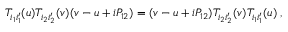
T _ { i _ { 1 } i _ { 1 } ^ { \prime } } ( u ) T _ { i _ { 2 } i _ { 2 } ^ { \prime } } ( v ) ( v - u + i P _ { 1 2 } ) = ( v - u + i P _ { 1 2 } ) T _ { i _ { 2 } i _ { 2 } ^ { \prime } } ( v ) T _ { i _ { 1 } i _ { 1 } ^ { \prime } } ( u ) \; ,